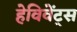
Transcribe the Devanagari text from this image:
हेविवेंट्स